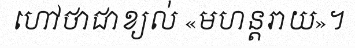
ហៅថាជាខ្យល់ «មហន្តរាយ»។